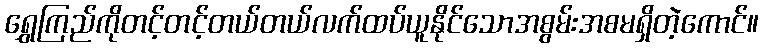
ရွှေကြည်ကိုတင့်တင့်တယ်တယ်လက်ထပ်ယူနိုင်သောအစွမ်းအစမရှိတဲ့ကောင်။